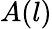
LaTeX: A(l)